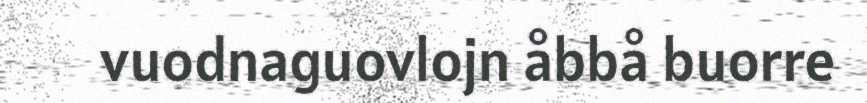
vuodnaguovlojn åbbå buorre